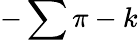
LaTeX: -\sum\pi-k